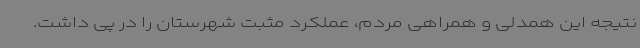
نتیجه این همدلی و همراهی مردم، عملکرد مثبت شهرستان را در پی داشت.